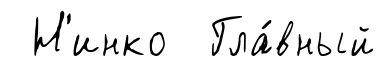
Н'инко Гла́вный